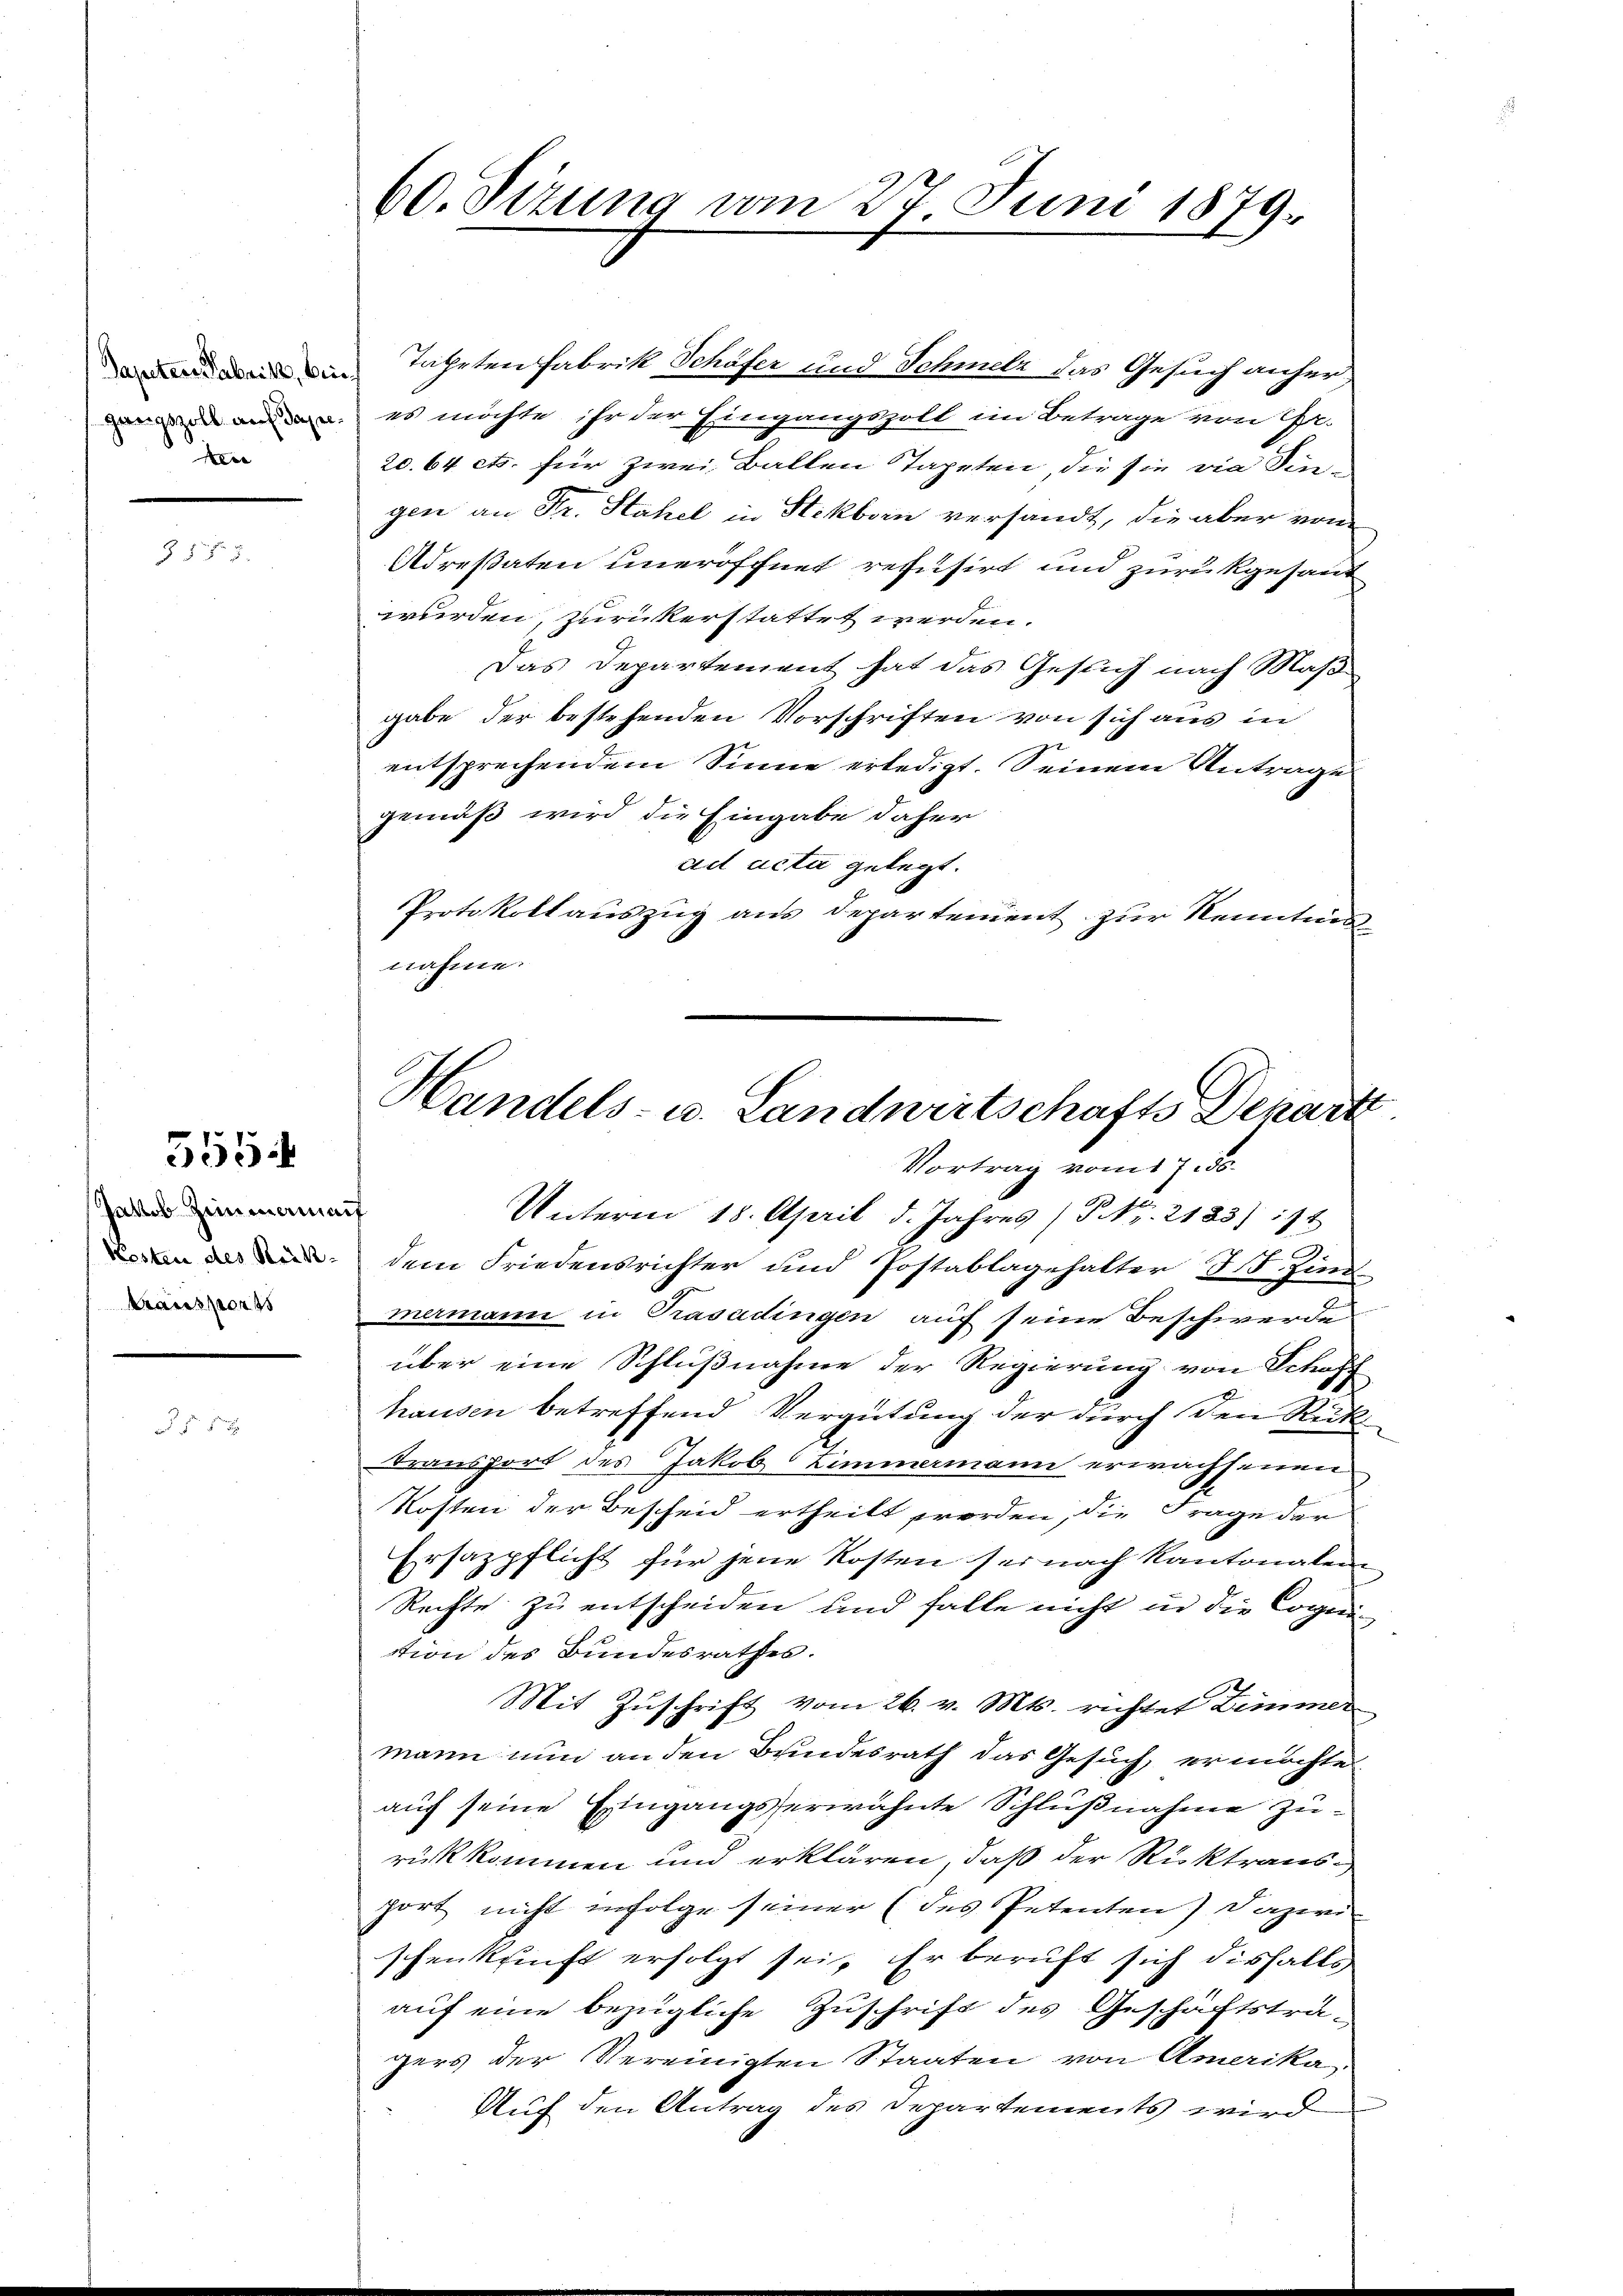
Dapeten Gabrik, beigeegszoll auf daselden

555.

Jakob Zimmenen
Kosten des Rück-
Mansports

60. Sizung vom 27. Juni 1879.

Tapeten Fabrik Schäfer und Schmelz das Gesuch anheres möchte ihr der Eingangszoll im Betrage von Ge-
20.64 cts. für zwei Ballen Tapeten, die sie vie Dingen an Dr. Stahel in Steckborn versandt, die aber von
Adresaten uneröffnet refusirt und zurükgesant
wurden, zurückerstattet werden.
Das Departement hat das Gesuch nach Maß
gabe der bestehenden Vorschriften von sich aus in
entsprechendem Sinne erledigt. Seinem Antrage
gemäß wird die Eingabe daher
ad acta gelegt.
Protokoll auszug aus Departement zur Kenntnis
nahme.
Unterm 18. April d. Jahres (S. Nr. 2185) 111
dem Friedensrichter und Postablagehalter I. Zin
mermann in Trasadingen auf seine Beschwerde
über eine Schlußnahme der Regierung von Schaff
hausen betreffend Vergütung der durch den Rück¬
Transport des Jakob Zimmermann erwachsenen
Kosten der Bescheid ertheilt worden, die Frage der
Ersazpflicht für jene Kosten sei nach Kantonalen
Rechte zu entscheiden und falle nicht in die Cognition des Bundesrathes.
Mit Zuschrift vom 26. v. Mts. richtet Zimmer
mann nun an den Bundesrath das Gesuch, er möchte
auf seine Eingangserwähnte Schlußnahme Zurükkommen und erklären, daß der Rücktransport nicht infolge seiner (des Petenten) Dazwi
schenkunft erfolgt sei. Er beruft sich dishalbs
auf eine bezügliche Zuschrift des Geschäftsträgers der Vereinigten Staaten von Amerika
Auf den Antrag des Departements wird

Handels- u. Landwirtschafts Depart
Vortrag vom 17. ds.

.

2
i